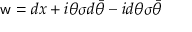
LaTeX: { \sf w } = d x + i \theta \sigma d \bar { \theta } - i d \theta \sigma \bar { \theta }